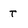
Character: t